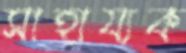
সাহায্যক